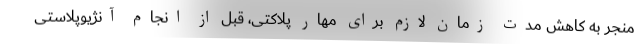
منجر به کاهش مدت زمان لازم برای مهار پلاکتی، قبل از انجام آنژیوپلاستی